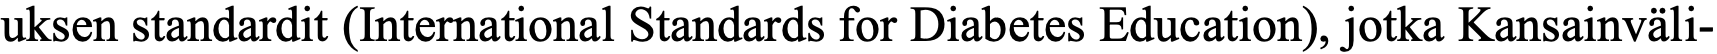
uksen standardit (International Standards for Diabetes Education), jotka Kansainväli-